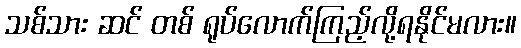
သစ်သား ဆင် တစ် ရုပ်လောက်ကြည့်လို့ရနိုင်မလား။